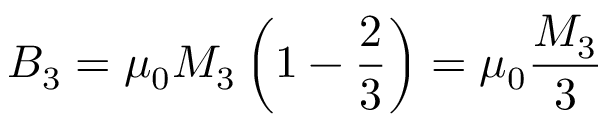
B _ { 3 } = \mu _ { 0 } M _ { 3 } \left( 1 - { \frac { 2 } { 3 } } \right) = \mu _ { 0 } { \frac { M _ { 3 } } { 3 } }